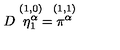
D \stackrel { ( 1 , 0 ) } { \eta _ { 1 } ^ { \alpha } } = \stackrel { ( 1 , 1 ) } { \pi ^ { \alpha } }